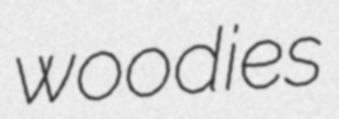
woodies